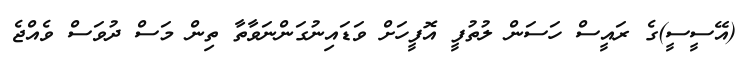
(އޭސީސީ)ގެ ރައީސް ހަސަން ލުތުފީ އޮފީހަށް ވަޑައިނުގަންނަވާތާ ތިން މަސް ދުވަސް ވެއްޖެ